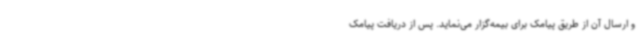
و ارسال آن از طریق پیامک برای بیمه‌گزار می‌نماید. پس از دریافت پیامک